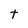
Character: t